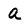
Character: a